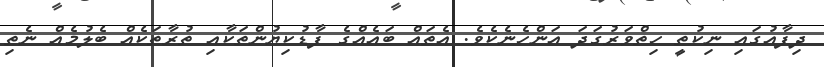
ދިފާއުގައި ނިކުތީ ހިތްވަރުގަދަ އަންހެނެކެވެ. އެތައް ބައެއްގެ ފާޑުކިޔުންތަކާއި ތުރާތަކެއް ބެލުމެއް ނެތި